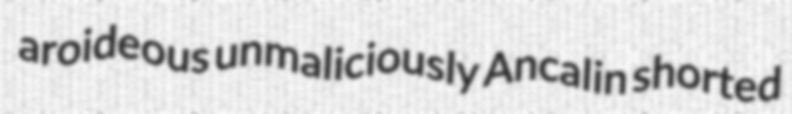
aroideous unmaliciously Ancalin shorted